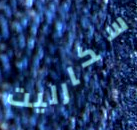
سكارليت